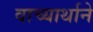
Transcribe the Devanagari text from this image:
वाच्यार्थाने